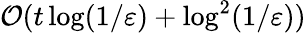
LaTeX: \mathcal{O}(t\log(1/\varepsilon)+\log^{2}(1/\varepsilon))